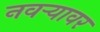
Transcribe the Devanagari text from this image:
नवऱ्यावर